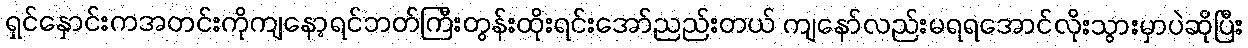
ရှင်နှောင်းကအတင်းကိုကျနော့ရင်ဘတ်ကြီးတွန်းထိုးရင်းအော်ညည်းတယ် ကျနော်လည်းမရရအောင်လိုးသွားမှာပဲဆိုပြီး